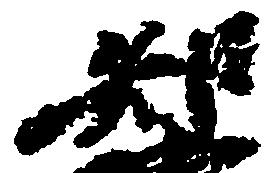
知